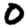
Digit: 0